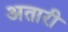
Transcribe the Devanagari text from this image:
अतारी